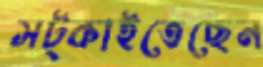
সট্‌কাইতেছেন